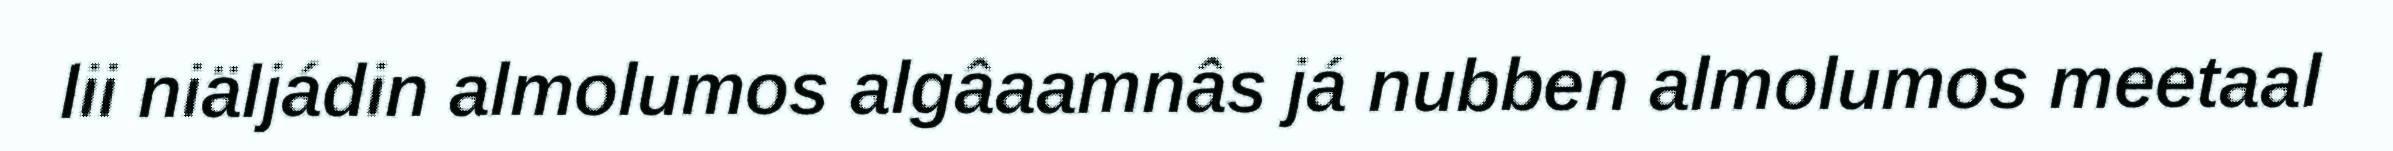
lii niäljádin almolumos algâaamnâs já nubben almolumos meetaal